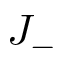
J _ { - }